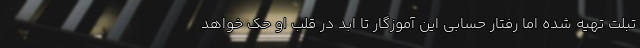
تبلت تهيه شده اما رفتار حسابى اين آموزگار تا ابد در قلبِ او حك خواهد